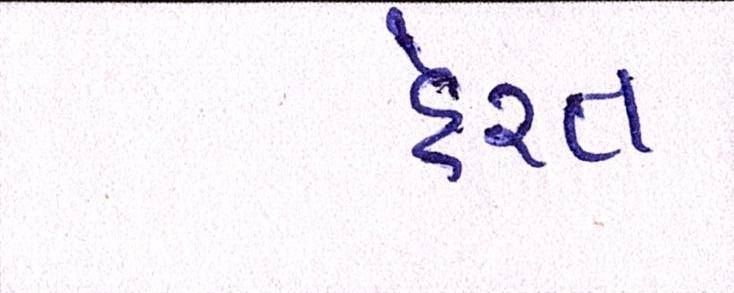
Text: હેરત